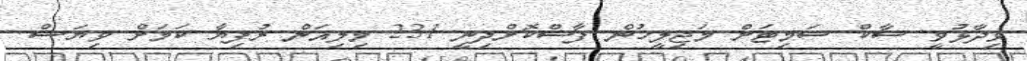
ވިދާޅުވީ ސާކް ސަމިޓަށް މަޖިލީހުން ފާސްކޮށްދިނީ 231 މިލިއަން ރުފިޔާ ކަމަށް ވިޔަސް